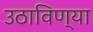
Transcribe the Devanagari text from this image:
उठाविण्या